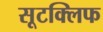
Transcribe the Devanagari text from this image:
सूटक्लिफ